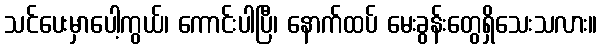
သင်ပေးမှာပေါ့ကွယ်၊ ကောင်းပါပြီ၊ နောက်ထပ် မေးခွန်းတွေရှိသေးသလား။